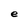
Character: e